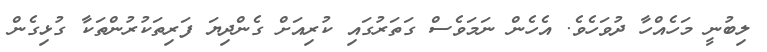
ލިބުނީ މަހެއްހާ ދުވަހެވެ. އެހެން ނަމަވެސް ގަތަރުގައި ކުރިއަށް ގެންދިޔަ ފަރިތަކުރުންތަކާ ގުޅިގެން